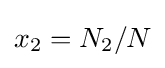
x_{2}=N_{2}/N